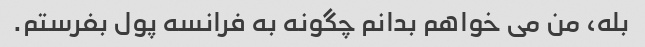
بله، من می خواهم بدانم چگونه به فرانسه پول بفرستم.